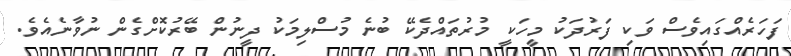
ފަހަރެއްގައިވެސް ވަކި ފަރުދަކު މީހަކީ މުރުތައްދެކޭ ބުނެ މުސްލިމަކު ދީނުން ބޭރުކޮށްގެން ނުވާނެއެވެ.